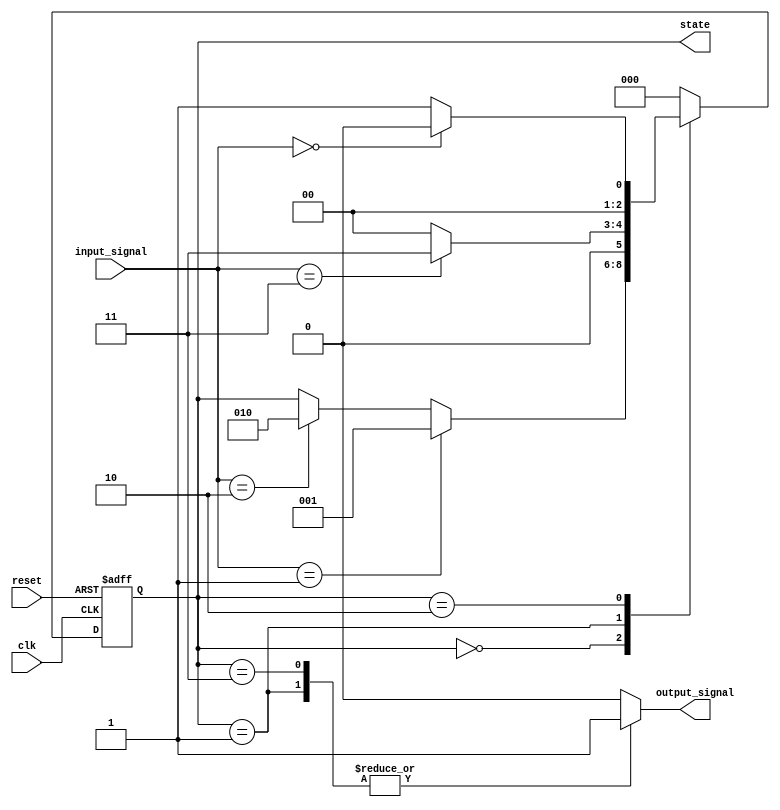
module PreConfiguredStateInitialization (
    input wire clk,           // Clock signal
    input wire reset,         // Active high reset signal
    input wire [1:0] input_signal, // Example input signal for state transitions
    output reg [2:0] state,   // 3-bit state register
    output reg output_signal   // Example output based on state
);

// State encoding
localparam STATE_A = 3'b000; // Initial state
localparam STATE_B = 3'b001;
localparam STATE_C = 3'b010;
localparam STATE_D = 3'b011;

// State transition logic
always @(posedge clk or posedge reset) begin
    if (reset) begin
        // Reset condition: assign pre-defined initial state
        state <= STATE_A;
    end else begin
        // State transition logic based on input_signal
        case (state)
            STATE_A: begin
                if (input_signal == 2'b01)
                    state <= STATE_B;
                else if (input_signal == 2'b10)
                    state <= STATE_C;
            end
            STATE_B: begin
                if (input_signal == 2'b11)
                    state <= STATE_D;
                else
                    state <= STATE_A; // Return to initial state on other inputs
            end
            STATE_C: begin
                if (input_signal == 2'b00)
                    state <= STATE_A;
                else
                    state <= STATE_B; // Transition to another state
            end
            STATE_D: begin
                state <= STATE_A; // Return to initial state
            end
            default: state <= STATE_A; // Fallback to initial state
        endcase
    end
end

// Output logic based on the current state
always @(*) begin
    case (state)
        STATE_A: output_signal = 1'b0; // Example output for STATE_A
        STATE_B: output_signal = 1'b1; // Example output for STATE_B
        STATE_C: output_signal = 1'b0; // Example output for STATE_C
        STATE_D: output_signal = 1'b1; // Example output for STATE_D
        default: output_signal = 1'b0; // Default output
    endcase
end

endmodule